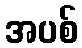
အပစ်